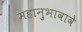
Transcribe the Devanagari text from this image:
महानुभावावे